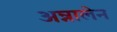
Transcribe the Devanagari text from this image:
अन्नालेन